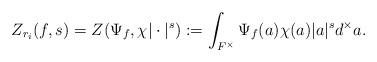
LaTeX: \begin{align*}Z_{r_i}(f,s)&=Z(\Psi_{f},\chi|\cdot|^{s}):=\int_{F^\times}\Psi_f(a)\chi(a)|a|^sd^\times a.\end{align*}